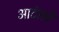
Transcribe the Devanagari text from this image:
आर्टसचे